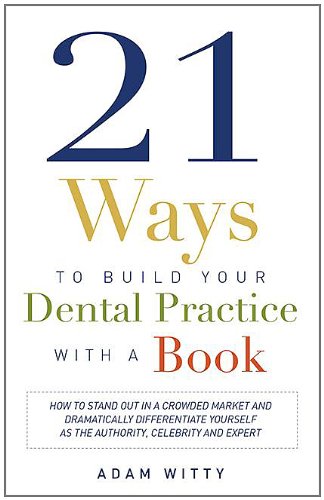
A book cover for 21 Ways to Build Your Dental Practice With a Book: How To Stand Out In A Crowded Market And Dramatically Differentiate Yourself As The Authority, Celebrity and Expert; Adam Witty; Medical Books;